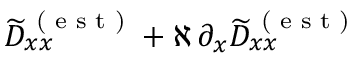
\widetilde { D } _ { x x } ^ { \textrm { ( e s t ) } } + \aleph \, \partial _ { x } \widetilde { D } _ { x x } ^ { \textrm { ( e s t ) } }